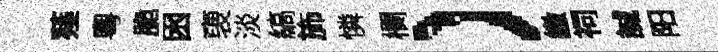
薤粵脆囦褏淡縞斾憐欄）繳祠誠阳